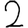
Digit: 2